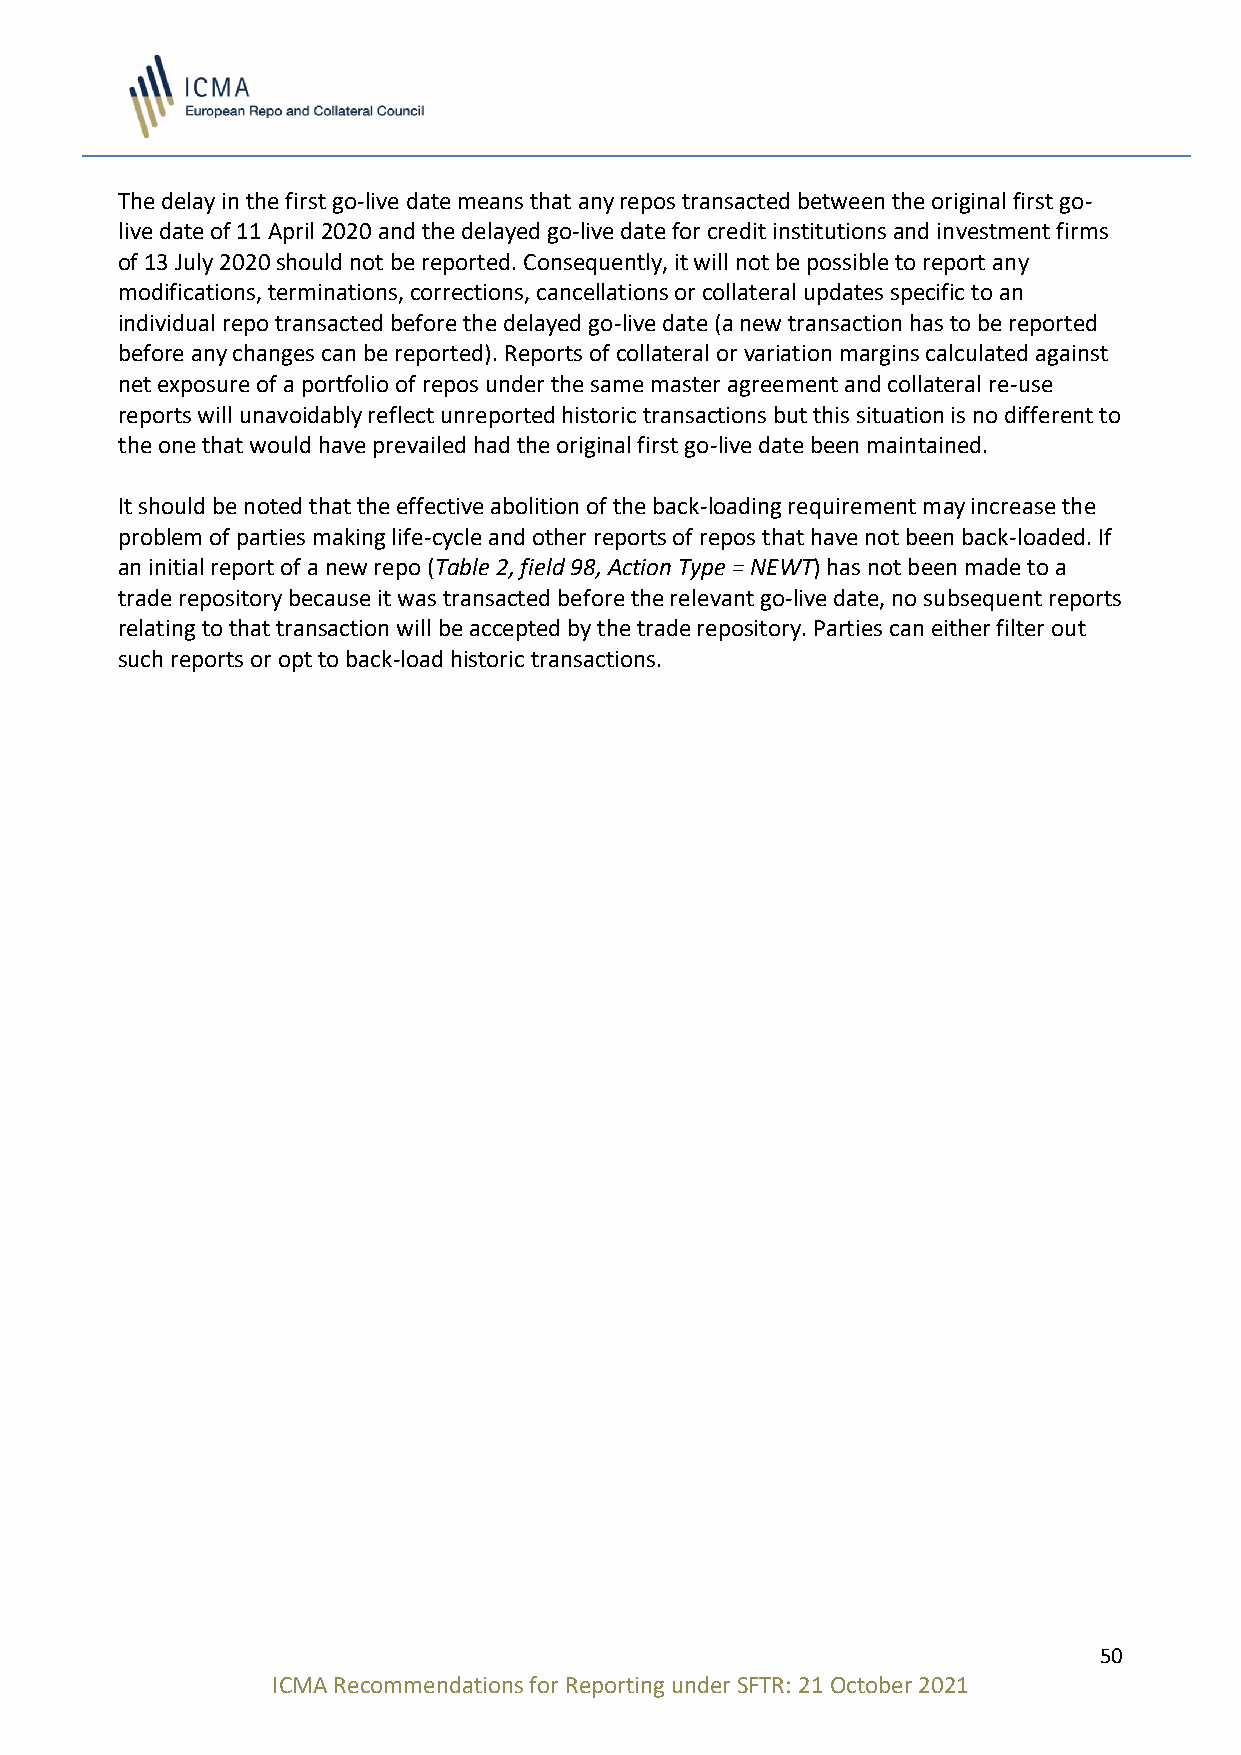
The delay in the first go-live date means that any repos transacted between the original first go-
 live date of 11 April 2020 and the delayed go-live date for credit institutions and investment firms
 of 13 July 2020 should not be reported. Consequently, it will not be possible to report any
 modifications, terminations, corrections, cancellations or collateral updates specific to an
 individual repo transacted before the delayed go-live date (a new transaction has to be reported
 before any changes can be reported). Reports of collateral or variation margins calculated against
 net exposure of a portfolio of repos under the same master agreement and collateral re-use
 reports will unavoidably reflect unreported historic transactions but this situation is no different to
 the one that would have prevailed had the original first go-live date been maintained.
 It should be noted that the effective abolition of the back-loading requirement may increase the
 problem of parties making life-cycle and other reports of repos that have not been back-loaded. If
 an initial report of a new repo (Table 2, field 98, Action Type = NEWT) has not been made to a
 trade repository because it was transacted before the relevant go-live date, no subsequent reports
 relating to that transaction will be accepted by the trade repository. Parties can either filter out
 such reports or opt to back-load historic transactions.
 50
 ICMA Recommendations for Reporting under SFTR: 21 October 2021